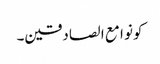
کونو ا مع ا لصادقین۔